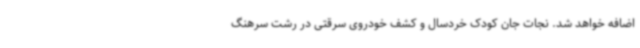
اضافه خواهد شد. نجات جان کودک خردسال و کشف خودروی سرقتی در رشت سرهنگ